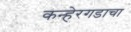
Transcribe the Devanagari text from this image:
कन्हेरगडाचा